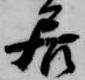
居